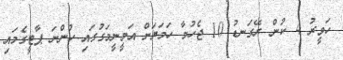
ހަވީރު 4 ކުން ރޭގަނޑު 10 ޖެހުމާ ހަމަޔަށް އަމީނީމަގުގައި ހުންނަ ޕާޓީގެމައި